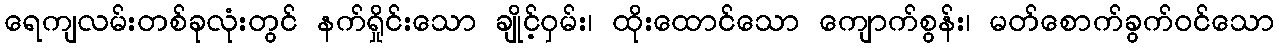
ရေကျလမ်းတစ်ခုလုံးတွင် နက်ရှိုင်းသော ချိုင့်ဝှမ်း၊ ထိုးထောင်သော ကျောက်စွန်း၊ မတ်စောက်ခွက်ဝင်သော